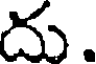
దు.